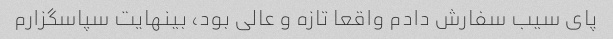
پای سیب سفارش دادم واقعا تازه و عالی بود، بینهایت سپاسگزارم